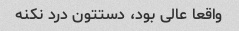
واقعا عالی بود، دستتون درد نکنه